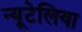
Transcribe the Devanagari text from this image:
न्यूटेलिया